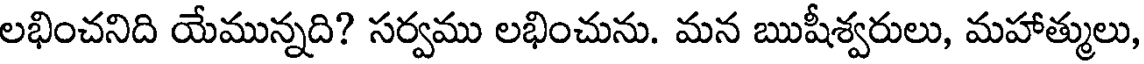
లభించనిది యేమున్నది? సర్వము లభించును. మన ఋషీశ్వరులు, మహాత్ములు,